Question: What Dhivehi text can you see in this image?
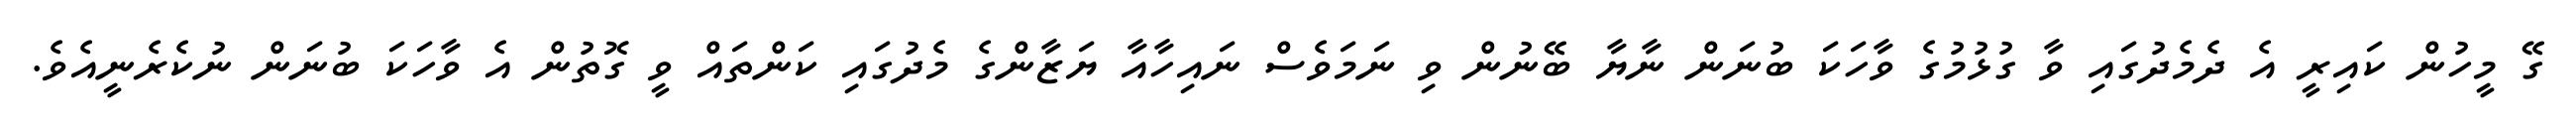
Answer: ގޭ މީހުން ކައިރީ އެ ދެމެދުގައި ވާ ގުޅުމުގެ ވާހަކަ ބުނަން ނާޔާ ބޭނުން ވި ނަމަވެސް ނައިހާއާ ޔަޒާންގެ މެދުގައި ކަންތައް ވީ ގޮތުން އެ ވާހަކަ ބުނަން ނުކެރެނީއެވެ.